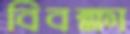
বিবক্ষা